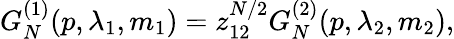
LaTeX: G_{N}^{(1)}(p,\lambda_{1},m_{1})=z_{12}^{N/2}G_{N}^{(2)}(p,\lambda_{2},m_{2}),